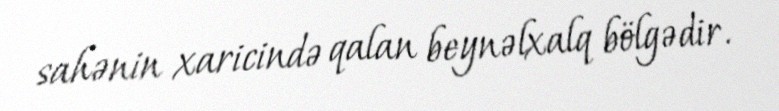
sahənin xaricində qalan beynəlxalq bölgədir.